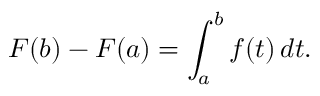
F ( b ) - F ( a ) = \int _ { a } ^ { b } f ( t ) \, d t .